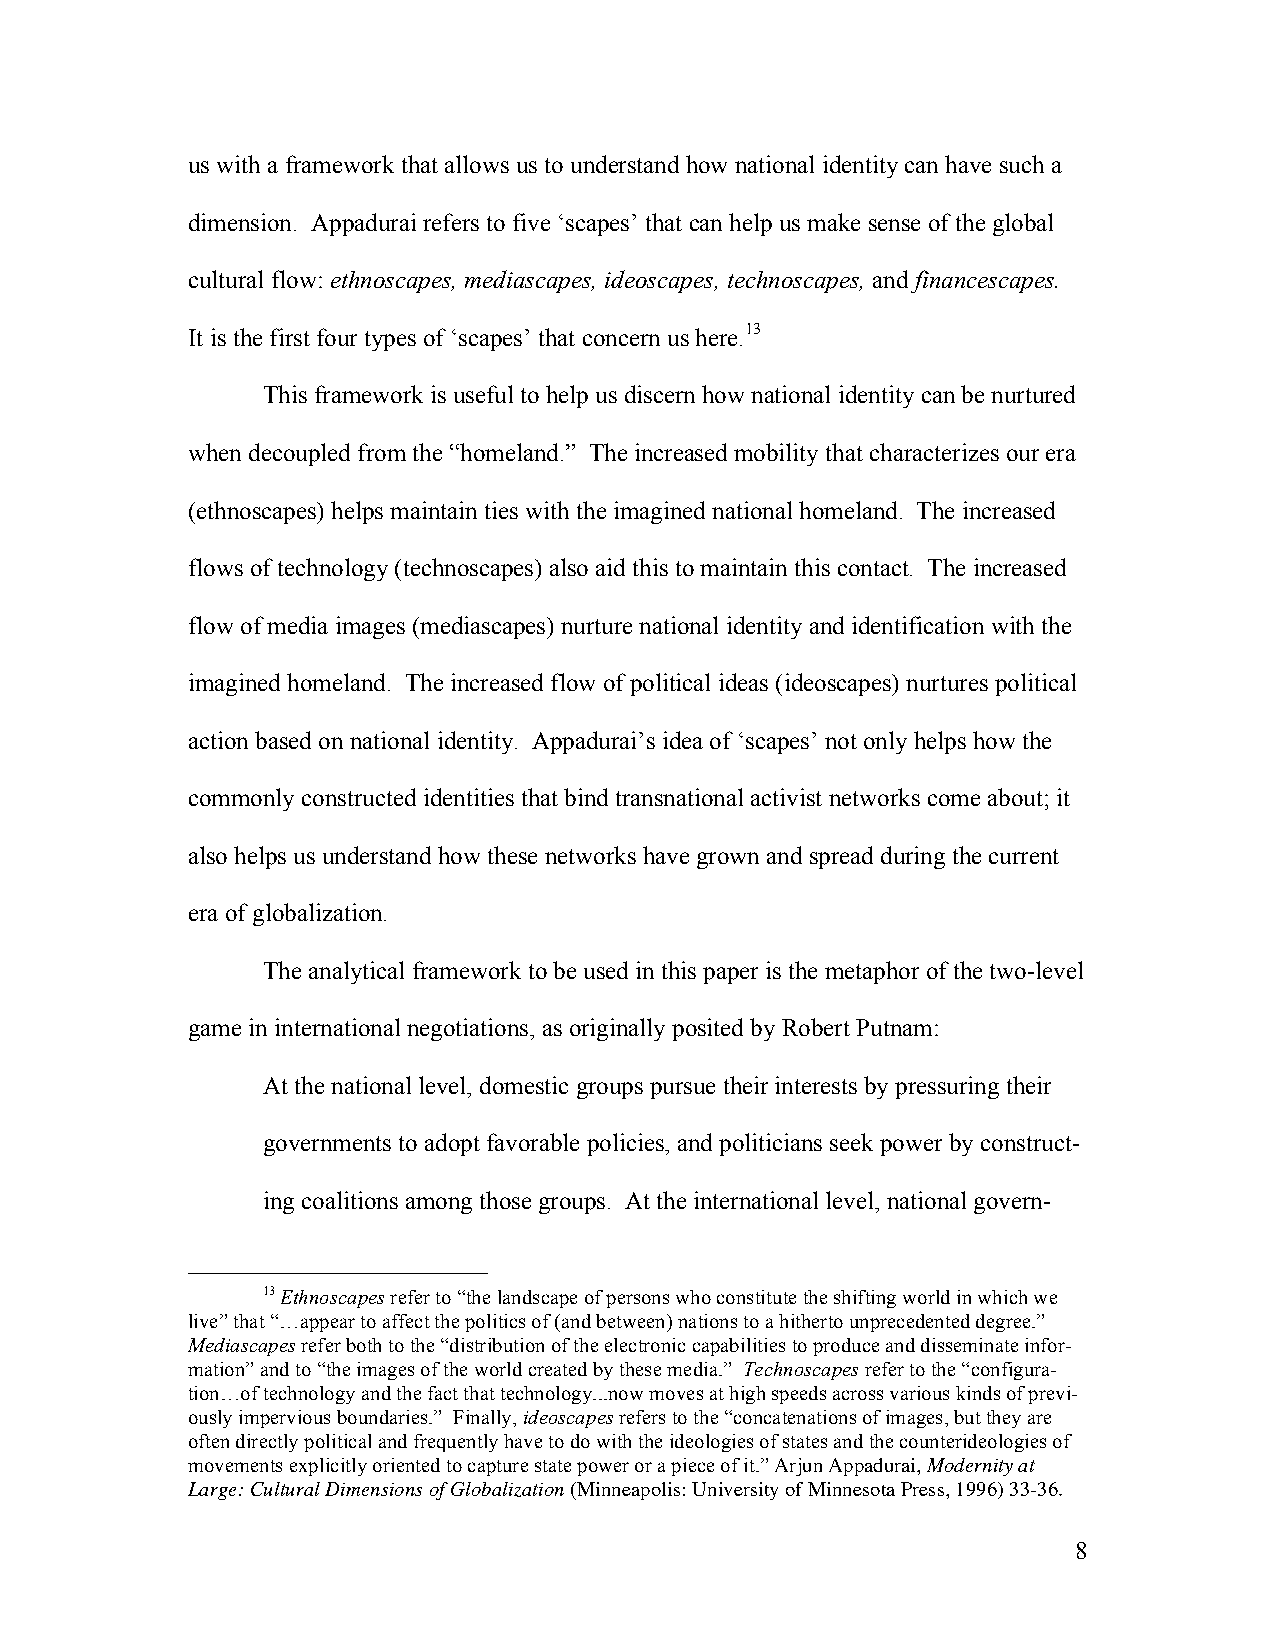
us with a framework that allows us to understand how national identity can have such a
 dimension. Appadurai refers to five ‘scapes’ that can help us make sense of the global
 cultural flow: ethnoscapes, mediascapes, ideoscapes, technoscapes, and financescapes.
 It is the first four types of ‘scapes’ that concern us here.13
 This framework is useful to help us discern how national identity can be nurtured
 when decoupled from the “homeland.” The increased mobility that characterizes our era
 (ethnoscapes) helps maintain ties with the imagined national homeland. The increased
 flows of technology (technoscapes) also aid this to maintain this contact. The increased
 flow of media images (mediascapes) nurture national identity and identification with the
 imagined homeland. The increased flow of political ideas (ideoscapes) nurtures political
 action based on national identity. Appadurai’s idea of ‘scapes’ not only helps how the
 commonly constructed identities that bind transnational activist networks come about; it
 also helps us understand how these networks have grown and spread during the current
 era of globalization.
 The analytical framework to be used in this paper is the metaphor of the two-level
 game in international negotiations, as originally posited by Robert Putnam:
 At the national level, domestic groups pursue their interests by pressuring their
 governments to adopt favorable policies, and politicians seek power by construct-
 ing coalitions among those groups. At the international level, national govern-
 13 Ethnoscapes refer to “the landscape of persons who constitute the shifting world in which we
 live” that “…appear to affect the politics of (and between) nations to a hitherto unprecedented degree.”
 Mediascapes refer both to the “distribution of the electronic capabilities to produce and disseminate infor-
 mation” and to “the images of the world created by these media.” Technoscapes refer to the “configura-
 tion…of technology and the fact that technology...now moves at high speeds across various kinds of previ-
 ously impervious boundaries.” Finally, ideoscapes refers to the “concatenations of images, but they are
 often directly political and frequently have to do with the ideologies of states and the counterideologies of
 movements explicitly oriented to capture state power or a piece of it.” Arjun Appadurai, Modernity at
 Large: Cultural Dimensions of Globalization (Minneapolis: University of Minnesota Press, 1996) 33-36.
 8